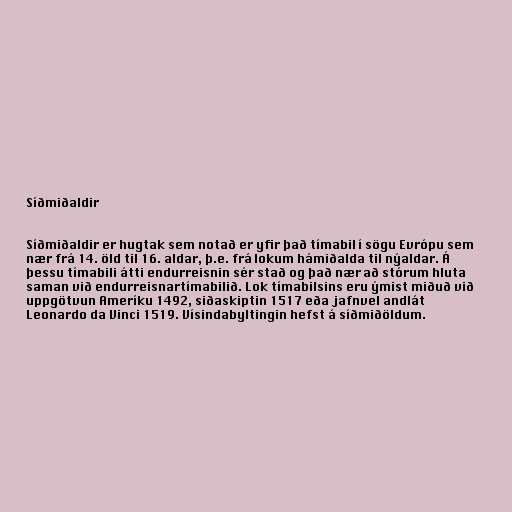
Síðmiðaldir

Síðmiðaldir er hugtak sem notað er yfir það tímabil í sögu Evrópu sem
nær frá 14. öld til 16. aldar, þ.e. frá lokum hámiðalda til nýaldar. Á
þessu tímabili átti endurreisnin sér stað og það nær að stórum hluta
saman við endurreisnartímabilið. Lok tímabilsins eru ýmist miðuð við
uppgötvun Ameríku 1492, siðaskiptin 1517 eða jafnvel andlát
Leonardo da Vinci 1519. Vísindabyltingin hefst á síðmiðöldum.